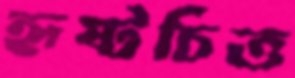
হৃষ্টচিত্ত